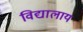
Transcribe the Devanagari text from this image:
विद्यालाय